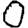
Digit: 0